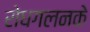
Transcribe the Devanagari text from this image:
रोधगलनके